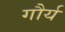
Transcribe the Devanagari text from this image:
गौर्य